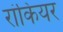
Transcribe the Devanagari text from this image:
रांकियर